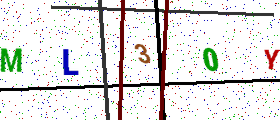
Text: ML30Y